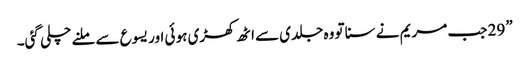
” 29 جب مریم نے سنا تو وہ جلدی سے اٹھ کھڑی ہو ئی اور یسوع سے ملنے چلی گئی۔